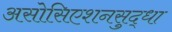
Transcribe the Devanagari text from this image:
असोसिएशनसुद्धा